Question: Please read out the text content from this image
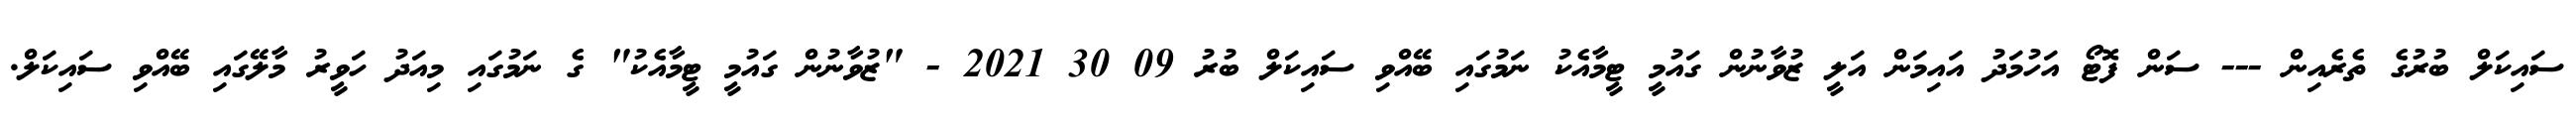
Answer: ސައިކަލް ބުރުގެ ތެރެއިން --- ސަން ފޮޓޯ އަހުމަދު އައިމަން އަލީ ޒުވާނުން ގައުމީ ޓީމާއެކު ނަމުގައި ބޭއްވި ސައިކަލް ބުރު 09 30 2021 - "ޒުވާނުން ގައުމީ ޓީމާއެކު" ގެ ނަމުގައި މިއަދު ހަވީރު މާލޭގައި ބޭއްވި ސައިކަލް.